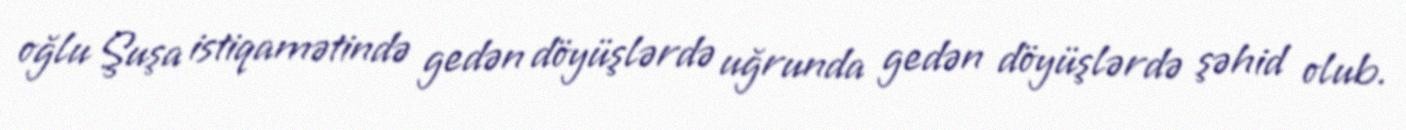
oğlu Şuşa istiqamətində gedən döyüşlərdə uğrunda gedən döyüşlərdə şəhid olub.